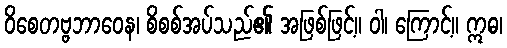
ဝိစေတဗ္ဗဘာဝေန၊ စိစစ်အပ်သည်၏ အဖြစ်ဖြင့်။ ဝါ၊ ကြောင့်။ ဣဓ၊